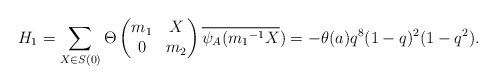
\begin{align*} H_1=\sum_{X \in S(0)}\Theta \begin{pmatrix} m_1 & X\\ 0 & m_2\end{pmatrix}\overline{\psi_A({m_1}^{-1}X})=-\theta(a)q^8(1-q)^2(1-q^2).\end{align*}